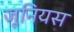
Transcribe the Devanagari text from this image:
जूनियस